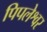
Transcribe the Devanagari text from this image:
पिपलेश्वर